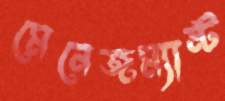
মেনেজম্যান্ট